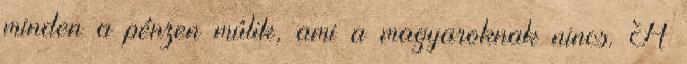
minden a pénzen múlik, ami a magyaroknak nincs. A